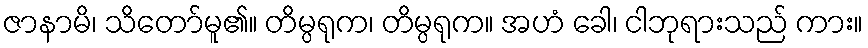
ဇာနာမိ၊ သိတော်မူ၏။ တိမ္ပရုက၊ တိမ္ပရုက။ အဟံ ခေါ၊ ငါဘုရားသည် ကား။